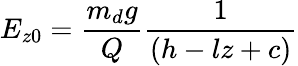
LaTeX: {E_{z0}}={\frac{{m_{d}}g}{Q}}{\frac{1}{(h-lz+c)}}